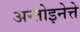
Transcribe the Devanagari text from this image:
अन्तोइनेत्ते